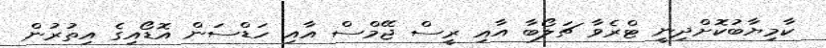
ކާމިޔާބުކޮށްދިނީ ޓްރެވާ ޗަލޯބާ އާއި ރީސް ޖޭމްސް އާއި ހަޑްސަން އޮޑޯއިގެ އިތުރުން